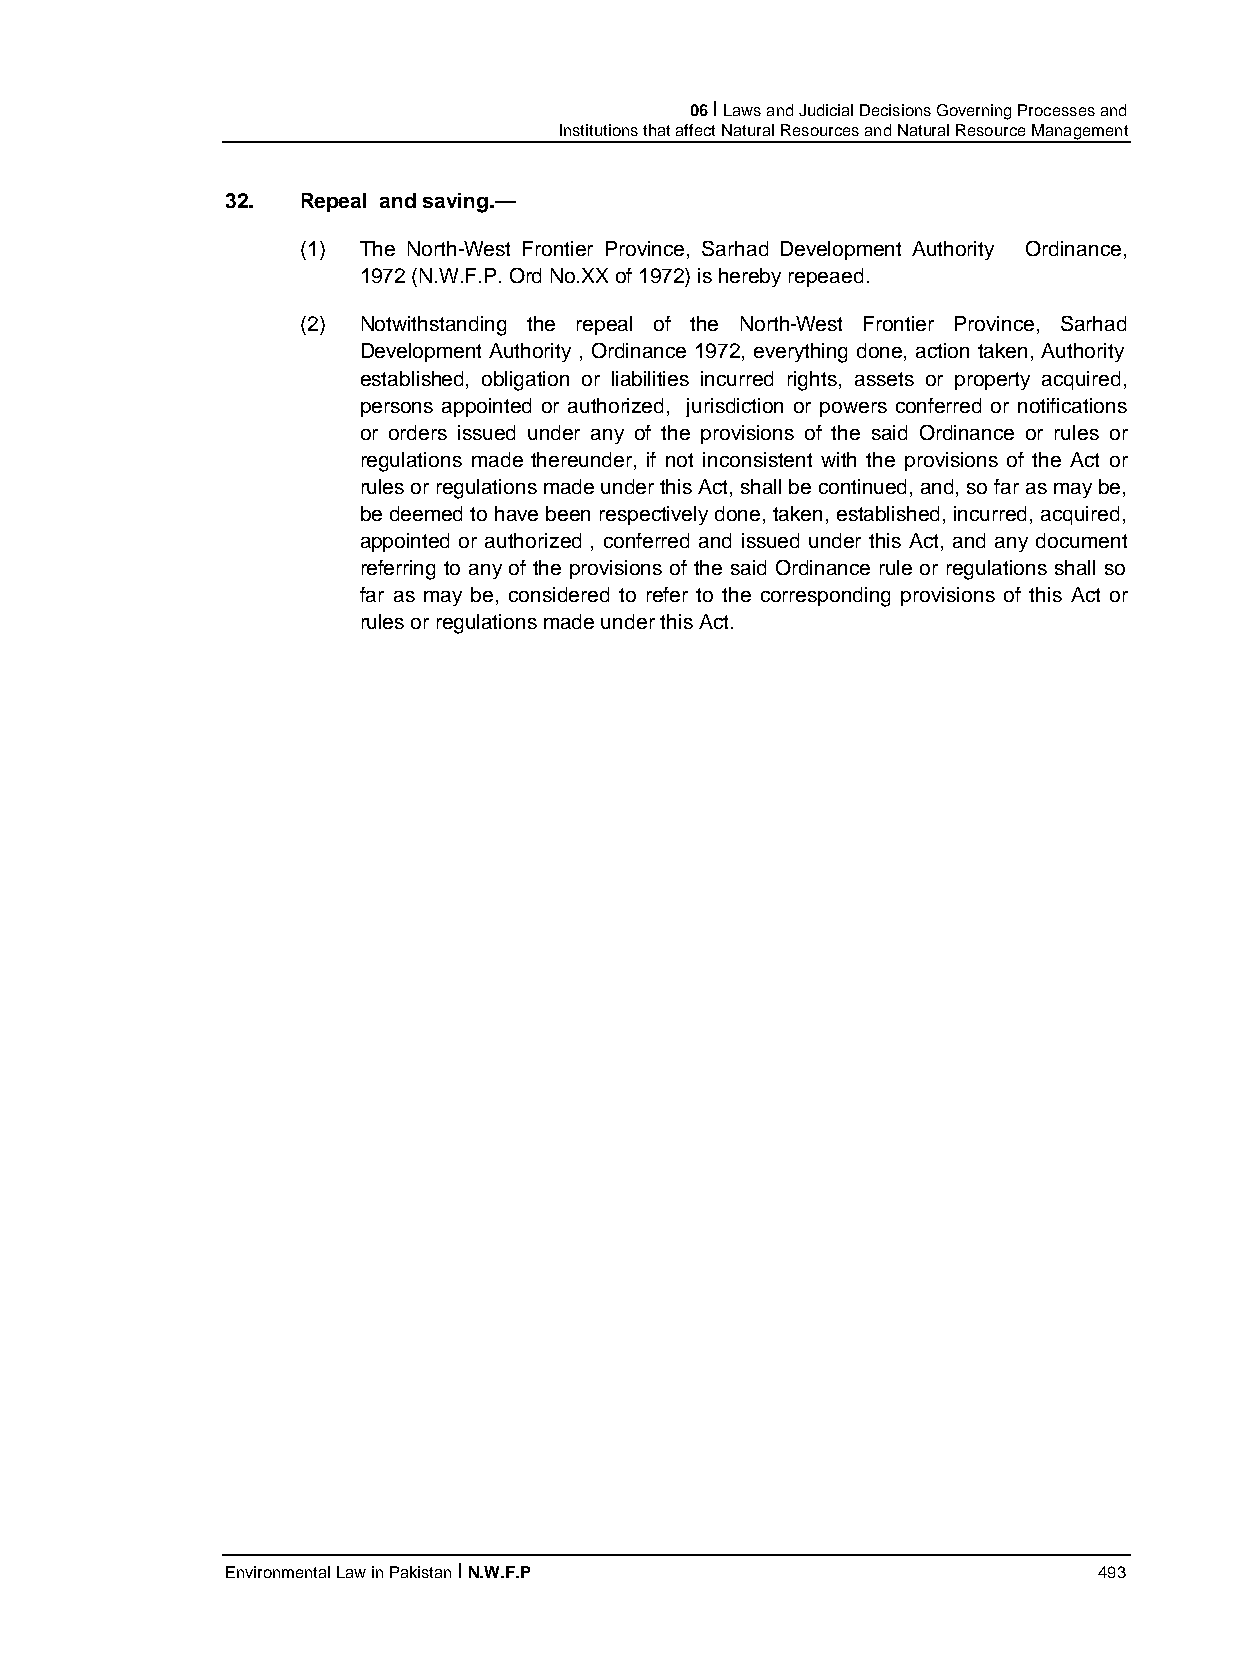
06 I Laws and Judicial Decisions Governing Processes and
 Institutions that affect Natural Resources and Natural Resource Management
 32.  Repeal and saving.—
 (1) The North-West Frontier Province, Sarhad Development Authority Ordinance,
 1972 (N.W.F.P. Ord No.XX of 1972) is hereby repeaed.
 (2) Notwithstanding the repeal of the North-West Frontier Province, Sarhad
 Development Authority , Ordinance 1972, everything done, action taken, Authority
 established, obligation or liabilities incurred rights, assets or property acquired,
 persons appointed or authorized, jurisdiction or powers conferred or notifications
 or orders issued under any of the provisions of the said Ordinance or rules or
 regulations made thereunder, if not inconsistent with the provisions of the Act or
 rules or regulations made under this Act, shall be continued, and, so far as may be,
 be deemed to have been respectively done, taken, established, incurred, acquired,
 appointed or authorized , conferred and issued under this Act, and any document
 referring to any of the provisions of the said Ordinance rule or regulations shall so
 far as may be, considered to refer to the corresponding provisions of this Act or
 rules or regulations made under this Act.
 Environmental Law in Pakistan I N.W.F.P                   493